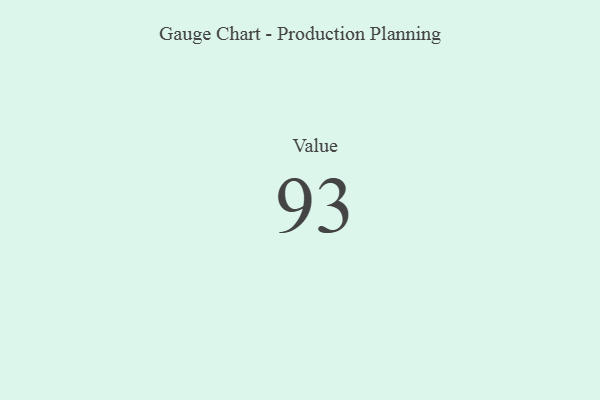
{"axis": {"x": "Metric", "y": "Value"}, "legend": [""], "data": [{"x": "Value", "y": 93, "type": ""}]}